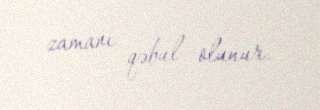
zamanı qəbul olunur.